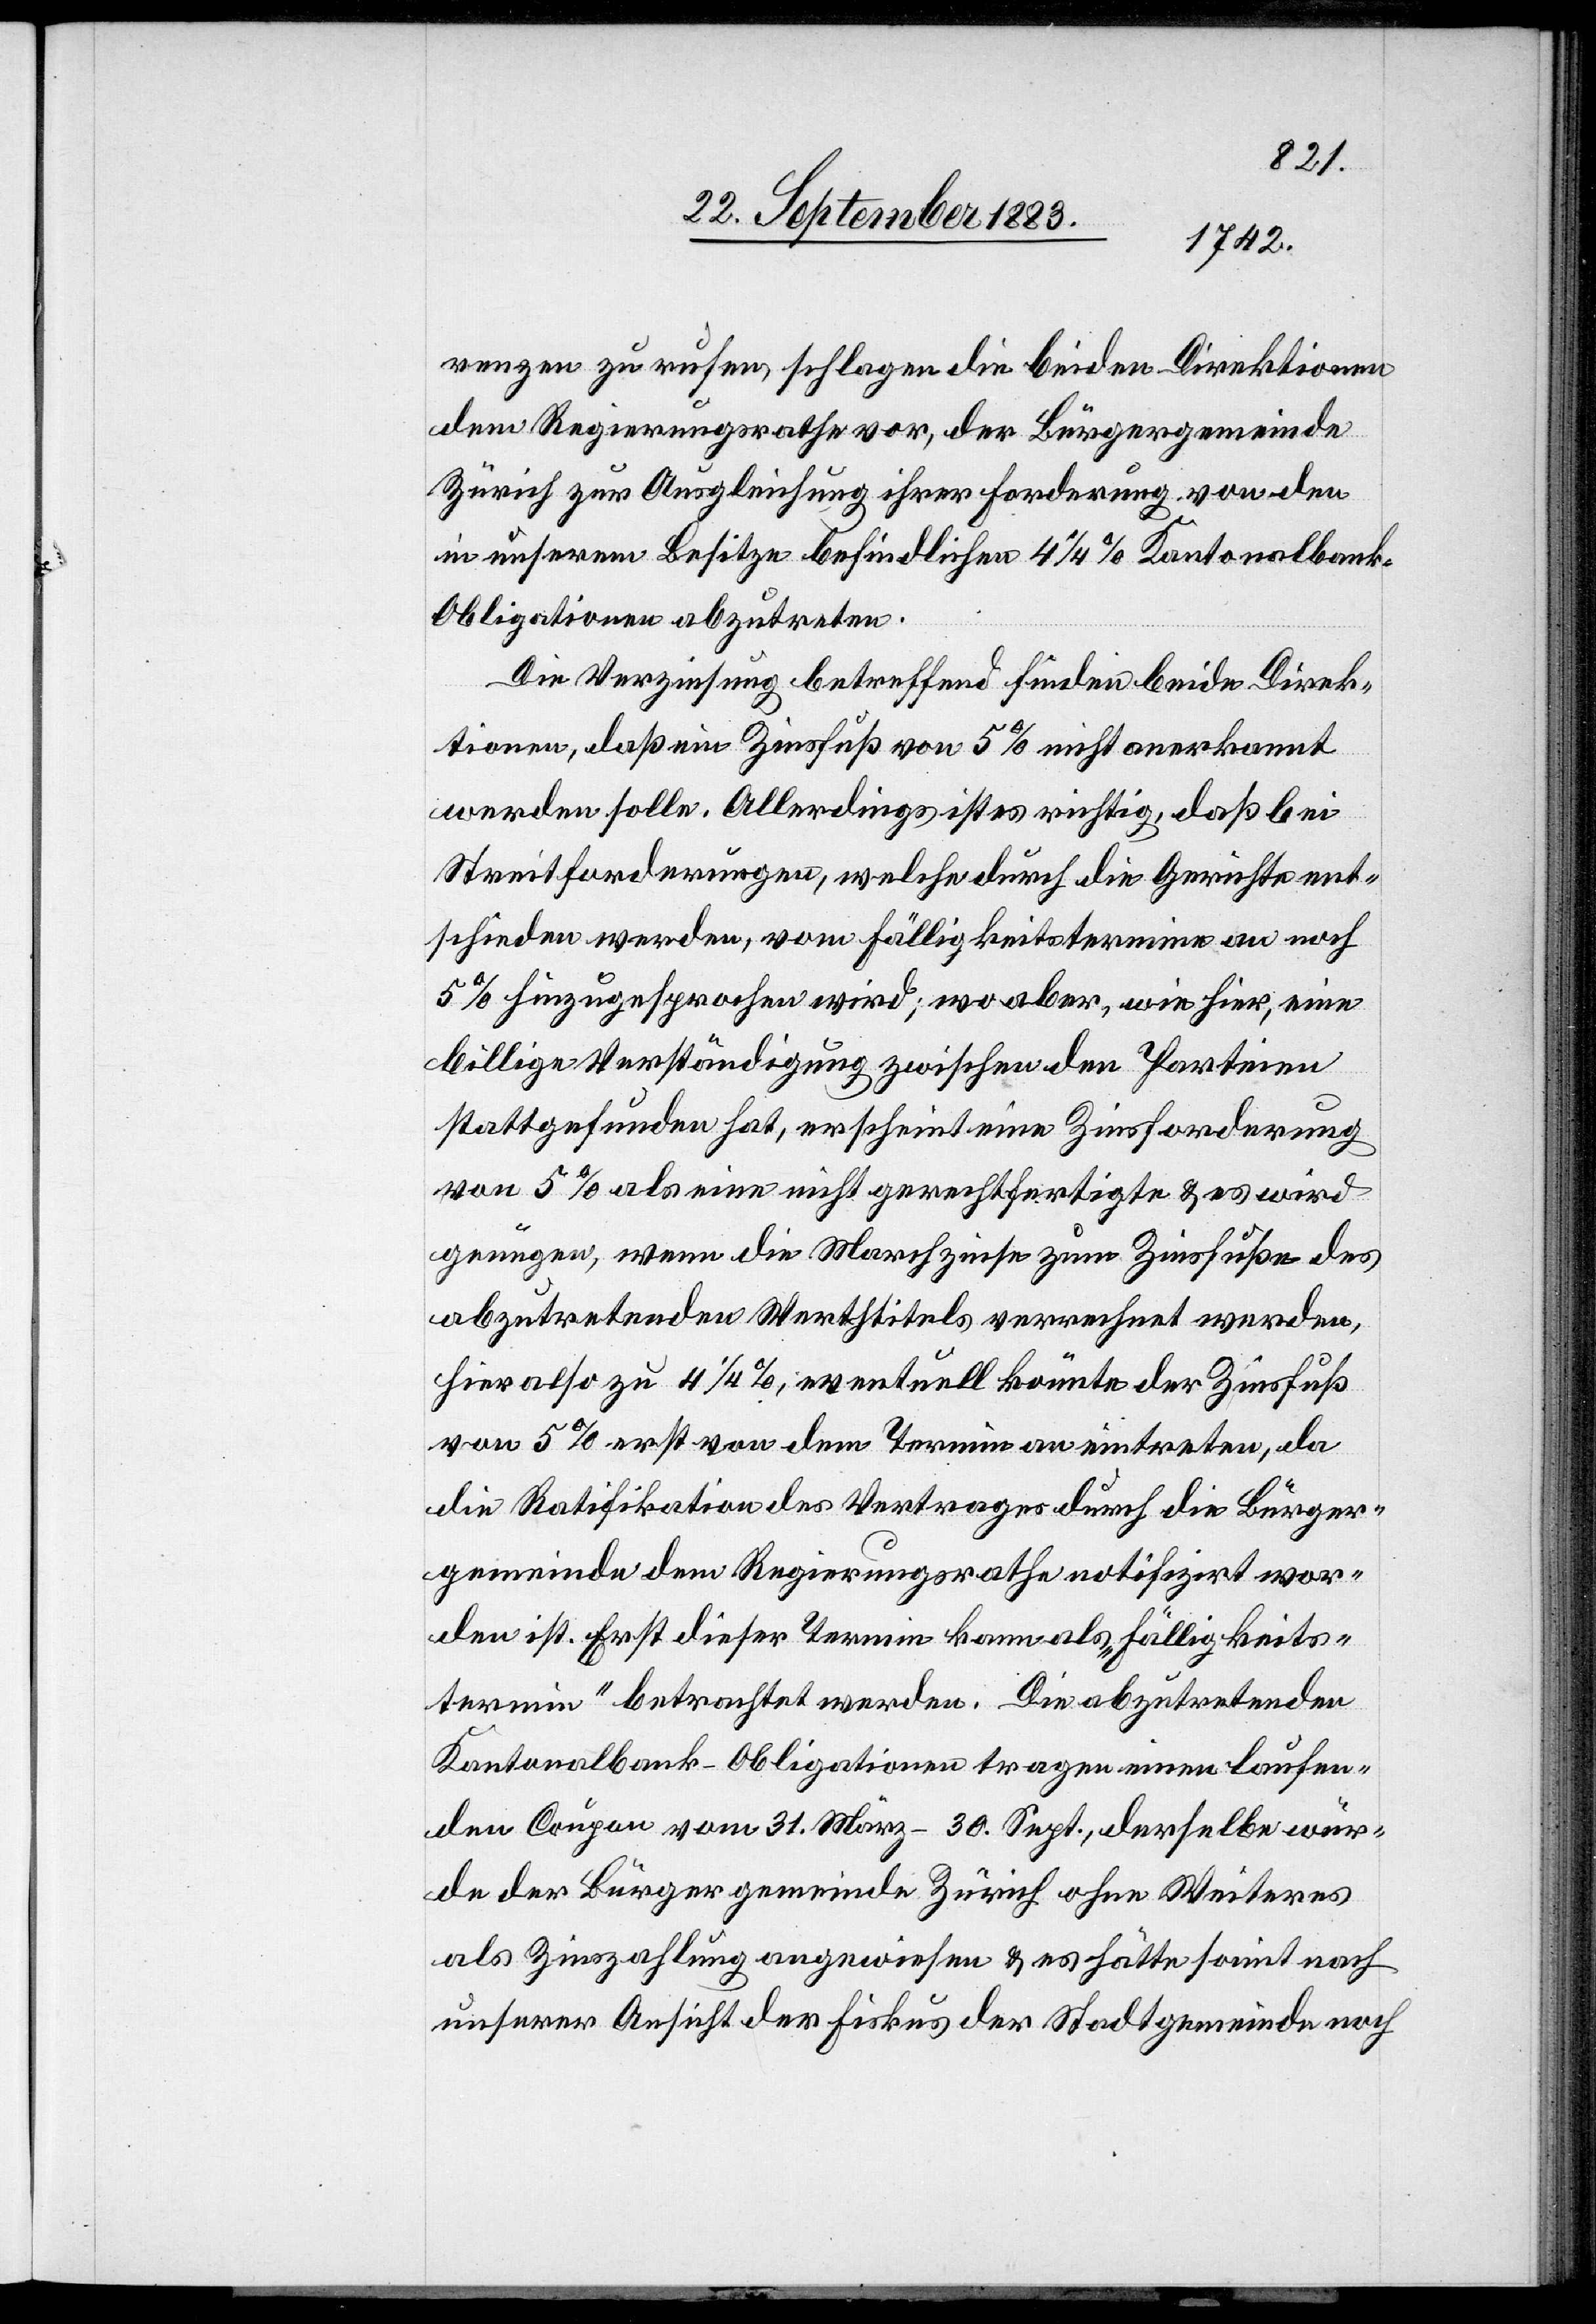
renzen zu rufen, schlagen die beiden Direktionen
dem Regierungsrathe vor, der Bürgergemeinde
Zürich zur Ausgleichung ihrer Forderung von den
in unserm Besitze befindlichen 4 1/4% Kantonalbank-O¬
bligationen abzutreten.
Die Verzinsung betreffend finden beide Direk¬
tionen, daß ein Zinsfuß von 5% nicht anerkannt
werden solle. Allerdings ist es richtig, daß bei
Streitforderungen, welche durch die Gerichte ent¬
schieden werden, vom Fälligkeitstermine an noch
5% hinzugesprochen wird; wo aber, wie hier, eine
billige Verständigung zwischen den Parteien
stattgefunden hat, erscheint eine Zinsforderung
von 5% als eine nicht gerechtfertigte & es wird
genügen, wenn die Marchzinse zum Zinsfuße des
abzutretenden Werthtitels verrechnet werden,
hier also zu 4 1/4%, eventuell könnte der Zinsfuß
von 5% erst von dem Termin an eintreten, da
die Ratifikation des Vertrages durch die Bürger¬
gemeinde dem Regierungsrathe notifizirt wor¬
den ist. Erst dieser Termin kann als „Fälligkeits¬
termin“ betrachtet werden. Die abzutretenden
Kantonalbank-Obligationen tragen einen laufen¬
den Coupon vom 31. März–30. Sept., derselbe wür¬
de der Bürgergemeinde Zürich ohne Weiteres
als Zinszahlung angewiesen & es hätte somit nach
unserer Ansicht der Fiskus der Stadtgemeinde noch